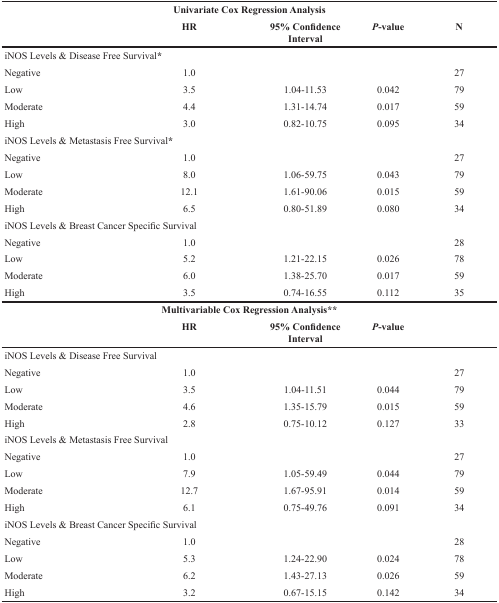
<table><thead><tr><td></td><td colspan="2"><b>Univariate Cox Regression Analysis</b></td><td></td><td></td></tr><tr><td></td><td><b>HR</b></td><td><b>95% Confidence Interval</b></td><td><b><i>P</i>-value</b></td><td></td></tr></thead><tbody><tr><td colspan="5">iNOS Levels &amp; Disease Free Survival*</td></tr><tr><td>Negative</td><td>1.0</td><td></td><td></td><td>27</td></tr><tr><td>Low</td><td>3.5</td><td>1.04-11.53</td><td>0.042</td><td>79</td></tr><tr><td>Moderate</td><td>4.4</td><td>1.31-14.74</td><td>0.017</td><td>59</td></tr><tr><td>High</td><td>3.0</td><td>0.82-10.75</td><td>0.095</td><td>34</td></tr><tr><td colspan="5">iNOS Levels &amp; Metastasis Free Survival*</td></tr><tr><td>Negative</td><td>1.0</td><td></td><td></td><td>27</td></tr><tr><td>Low</td><td>8.0</td><td>1.06-59.75</td><td>0.043</td><td>79</td></tr><tr><td>Moderate</td><td>12.1</td><td>1.61-90.06</td><td>0.015</td><td>59</td></tr><tr><td>High</td><td>6.5</td><td>0.80-51.89</td><td>0.080</td><td>34</td></tr><tr><td colspan="5">iNOS Levels &amp; Breast Cancer Specific Survival</td></tr><tr><td>Negative</td><td>1.0</td><td></td><td></td><td>28</td></tr><tr><td>Low</td><td>5.2</td><td>1.21-22.15</td><td>0.026</td><td>78</td></tr><tr><td>Moderate</td><td>6.0</td><td>1.38-25.70</td><td>0.017</td><td>59</td></tr><tr><td>High</td><td>3.5</td><td>0.74-16.55</td><td>0.112</td><td>35</td></tr><tr><td></td><td colspan="2"><b>Multivariable Cox Regression Analysis**</b></td><td></td><td></td></tr><tr><td></td><td><b>HR</b></td><td><b>95% Confidence Interval</b></td><td><b><i>P</i></b><b>-value</b></td><td><b>N</b></td></tr><tr><td colspan="5">iNOS Levels &amp; Disease Free Survival</td></tr><tr><td>Negative</td><td>1.0</td><td></td><td></td><td>27</td></tr><tr><td>Low</td><td>3.5</td><td>1.04-11.51</td><td>0.044</td><td>79</td></tr><tr><td>Moderate</td><td>4.6</td><td>1.35-15.79</td><td>0.015</td><td>59</td></tr><tr><td>High</td><td>2.8</td><td>0.75-10.12</td><td>0.127</td><td>33</td></tr><tr><td colspan="5">iNOS Levels &amp; Metastasis Free Survival</td></tr><tr><td>Negative</td><td>1.0</td><td></td><td></td><td>27</td></tr><tr><td>Low</td><td>7.9</td><td>1.05-59.49</td><td>0.044</td><td>79</td></tr><tr><td>Moderate</td><td>12.7</td><td>1.67-95.91</td><td>0.014</td><td>59</td></tr><tr><td>High</td><td>6.1</td><td>0.75-49.76</td><td>0.091</td><td>34</td></tr><tr><td colspan="5">iNOS Levels &amp; Breast Cancer Specific Survival</td></tr><tr><td>Negative</td><td>1.0</td><td></td><td></td><td>28</td></tr><tr><td>Low</td><td>5.3</td><td>1.24-22.90</td><td>0.024</td><td>78</td></tr><tr><td>Moderate</td><td>6.2</td><td>1.43-27.13</td><td>0.026</td><td>59</td></tr><tr><td>High</td><td>3.2</td><td>0.67-15.15</td><td>0.142</td><td>34</td></tr></tbody></table>